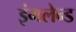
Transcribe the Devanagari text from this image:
इंगलेन्ड